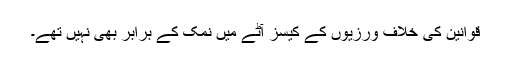
قوانین کی خلاف ورزیوں کے کیسز آٹے میں نمک کے برابر بھی نہیں تھے۔